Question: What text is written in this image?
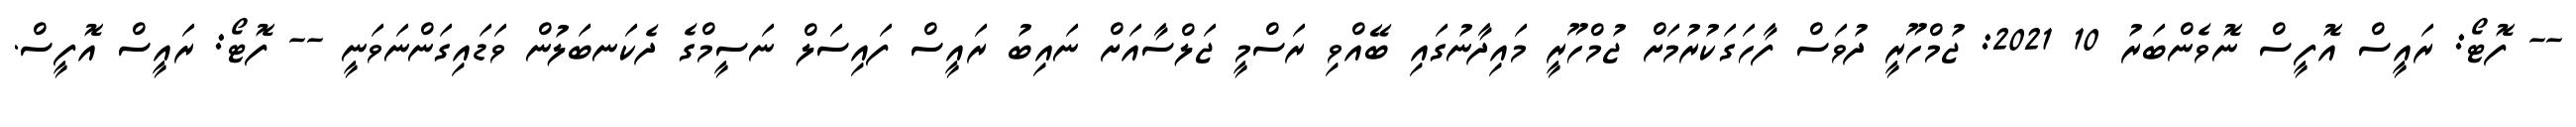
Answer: -- ފޮޓޯ: ރައީސް އޮފީސް ނޮވެންބަރު 10 2021: ޖުމްހޫރީ ދުވަސް ފާހަގަކުރުމަށް ޖުމްހޫރީ މައިދާނުގައި ބޭއްވި ރަސްމީ ޖަލްސާއަށް ނައިބު ރައީސް ފައިސަލް ނަސީމްގެ ދެކަނބަލުން ވަޑައިގަންނަވަނީ -- ފޮޓޯ: ރައީސް އޮފީސް.